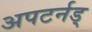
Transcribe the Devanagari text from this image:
अपटर्नड्